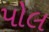
પોલ